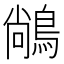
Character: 𪁺